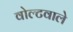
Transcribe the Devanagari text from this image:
वोल्टवाले